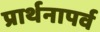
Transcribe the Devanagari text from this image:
प्रार्थनापर्व